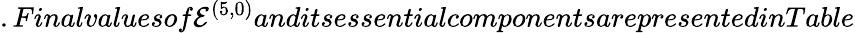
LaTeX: .Finalvaluesof{\cal{E}}^{(5,0)}anditsessentialcomponentsarepresentedinTable